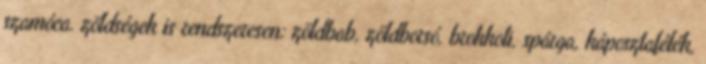
szamóca. zöldségek is rendszeresen: zöldbab, zöldborsó, brokkoli, spárga, káposztafélék,